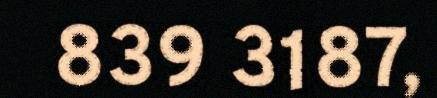
839 3187,